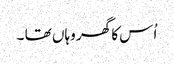
اُس کا گھر وہاں تھا ۔